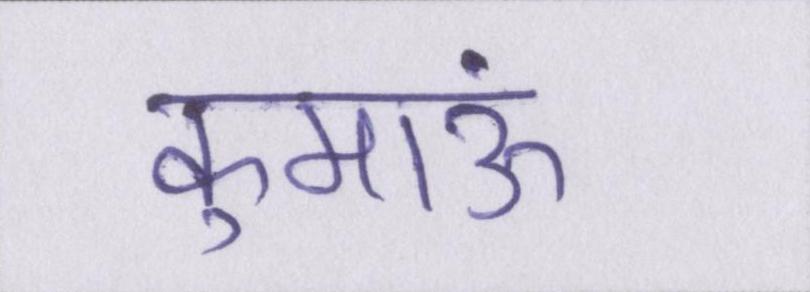
कुमाऊं